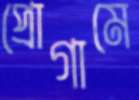
প্রোগামে